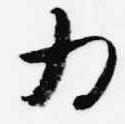
為